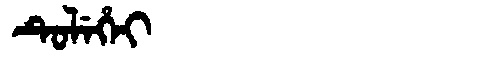
Manchu: ᡨᡠᠯᡝᡥᡝᡳ
Romanization: TULEHEI